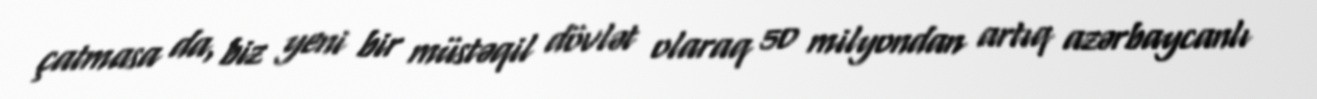
çatmasa da, biz yeni bir müstəqil dövlət olaraq 50 milyondan artıq azərbaycanlı